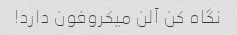
نگاه کن آلن میکروفون دارد!